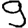
Digit: 9